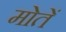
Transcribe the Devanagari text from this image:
मोतें